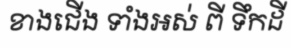
ខាងជើង ទាំងអស់ ពី ទឹកដី